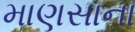
માણસાના